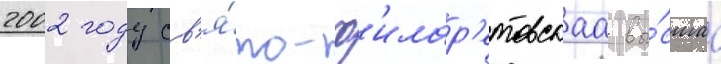
2002 году св'я́то-ф'илар'етовскаа вы́сшаа